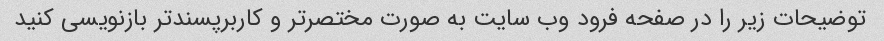
توضیحات زیر را در صفحه فرود وب سایت به صورت مختصرتر و کاربرپسندتر بازنویسی کنید